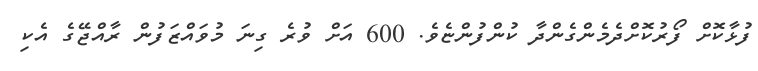
ފުޅާކޮށް ފޯރުކޮށްދެމެންގެންދާ ކުންފުންޏެވެ. 600 އަށް ވުރެ ގިނަ މުވައްޒަފުން ރާއްޖޭގެ އެކި